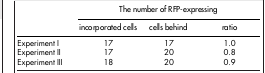
<table><thead><tr><td><b> </b></td><td colspan="3"><b>The number of RFP-expressing</b></td></tr><tr><td><b> </b></td><td><b>incorporated cells</b></td><td><b>cells behind</b></td><td><b>ratio</b></td></tr></thead><tbody><tr><td>Experiment I</td><td>17</td><td>17</td><td>1.0</td></tr><tr><td>Experiment II</td><td>17</td><td>20</td><td>0.8</td></tr><tr><td>Experiment III</td><td>18</td><td>20</td><td>0.9</td></tr></tbody></table>